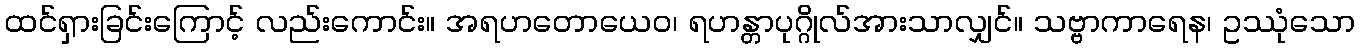
ထင်ရှားခြင်းကြောင့် လည်းကောင်း။ အရဟတောယေဝ၊ ရဟန္တာပုဂ္ဂိုလ်အားသာလျှင်။ သဗ္ဗာကာရေန၊ ဥဿုံသော